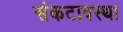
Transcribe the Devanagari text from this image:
संकटावस्था